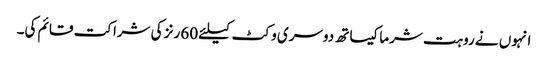
انہوں نے روہت شرما کیساتھ دوسری وکٹ کیلئے 60 رنز کی شراکت قائم کی۔